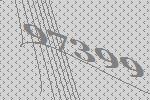
97399